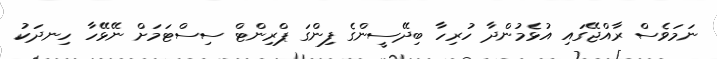
ނަމަވެސް ރާއްޖޭގައި އުޅެމުންދާ ހުރިހާ ބިދޭސީންގެ ފިންގަ ޕްރިންޓް ސިސްޓަމަށް ނޭޅޭހާ ހިނދަކު